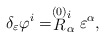
\begin{align*}\delta_\varepsilon \varphi^i = \stackrel{\smash{(0)}}{R}^i_\alpha\varepsilon^\alpha ,\end{align*}